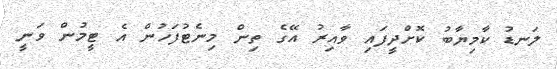
ލަނޑު ކާމިޔާބު ކޮށްދީފައި ވާއިރު އޭގެ ތިން މިނެޓުފަހުން އެ ޓީމުން ވަނީ